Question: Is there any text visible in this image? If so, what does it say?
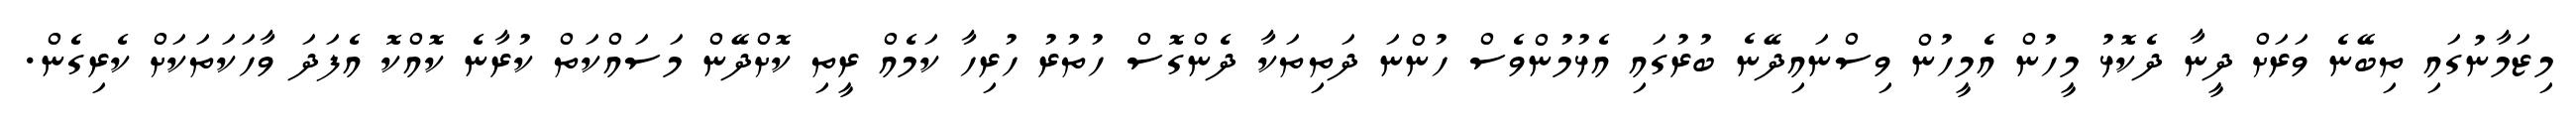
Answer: މިޒަމާނުގައި ތިބޭނެ ވަރަށް ދީނާ ދެކޮޅު މީހުން އެމީހުން ވިސްނައިދޭނެ ބުރުގައި އެޅުމުންވެސް ހުންނަ ދަތިތަކާ ދެންގޮސް ހުތުރު ހުރިހާ ކަމެއް ރީތި ކޮށްދޭން މަސައްކަތް ކުރާނެ ކޮއްކޮ އެފަދަ ވާހަކަތަކަށް ކެރިގެން.